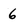
Character: 6